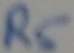
Text: R5